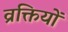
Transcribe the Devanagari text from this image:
व्रक्तियों